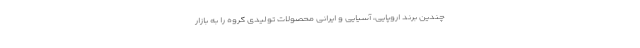
چندین برند اروپایی، آسیایی و ایرانی محصولات تولیدی گروه را به بازار